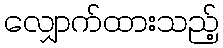
လျှောက်ထားသည့်